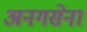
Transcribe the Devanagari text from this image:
अनगसेना